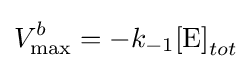
V_{\rm {max}}^{b}=-k_{-1}{\rm {[E]}}_{tot}